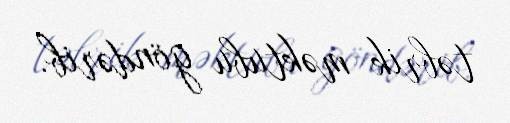
təbrik məktubu göndərib.